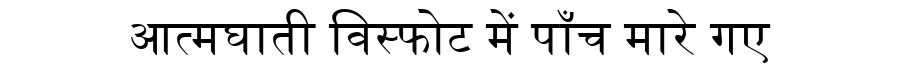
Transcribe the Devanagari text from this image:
आत्मघाती विस्फोट में पाँच मारे गए